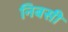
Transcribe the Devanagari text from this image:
निबसी